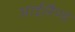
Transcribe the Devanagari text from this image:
आईलैण्‍ड